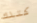
كتلك